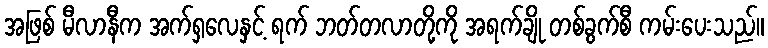
အဖြစ် မီလာနီက အက်ရှလေနှင့် ရက် ဘတ်တလာတို့ကို အရက်ချို တစ်ခွက်စီ ကမ်းပေးသည်။